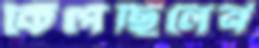
কেঁপেছিলেন